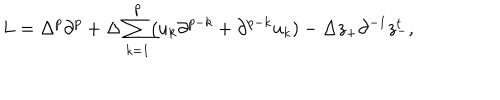
L = \Delta ^ { p } \partial ^ { p } + \Delta \sum _ { k = 1 } ^ { p } ( u _ { k } \partial ^ { p - k } + \partial ^ { p - k } u _ { k } ) - \Delta z _ { + } \partial ^ { - 1 } z _ { - } ^ { t } ,